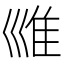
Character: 𡿾